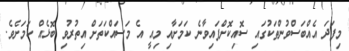
މިފަދަ އެއްބަސްވުންތަކުގައި ސޮއިކޮށްފައިވާނެ ކަމަށާއި މިއީ އެ މަސައްކަތަށް އިތުރުވި ބޮޅެއް ކަމަށެވެ.